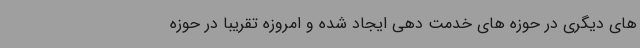
های دیگری در حوزه های خدمت دهی ایجاد شده و امروزه تقریبا در حوزه